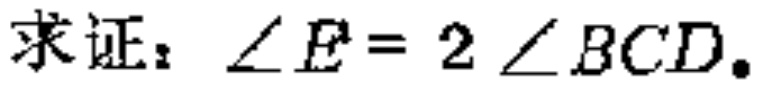
求证：$\angle E = 2\angle BCD.$